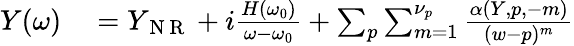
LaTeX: \begin{array}{r}{\begin{array}{rl}{Y(\omega)}&{{}=Y_{\mathrm{~N~R~}}+i\frac{H(\omega_{0})}{\omega-\omega_{0}}+\sum_{p}\sum_{m=1}^{\nu_{p}}\frac{\alpha(Y,p,-m)}{(w-p)^{m}}}\end{array}}\end{array}